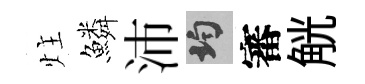
炷鱗沛均審觥